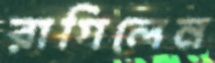
রাগিলেন